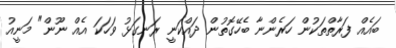
ބައެއް ފަރާތްތަކުން ހަރެންނާ ބެހޭގޮތުން ދައްކަނީ ރަނގަޅު ވަހަކަ އެއް ނޫން" މަނީއު